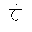
Letter: _kha